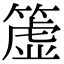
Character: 𥲤